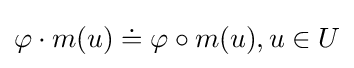
\varphi \cdot m(u)\doteq \varphi \circ m(u),u\in U